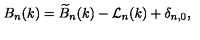
B _ { n } ( k ) = \widetilde { B } _ { n } ( k ) - { \cal L } _ { n } ( k ) + \delta _ { n , 0 } ,